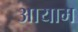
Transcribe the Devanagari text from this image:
अायाम